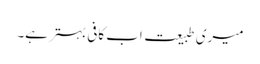
میری طبیعت اب کافی بہتر ہے۔